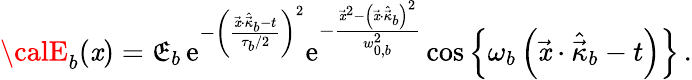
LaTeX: {\calE}_{b}(\mathit{x})={\mathfrak{E}}_{b}\, \mathrm{{e}}^{-\left(\frac{{\vec{{\mathit{x}}}\cdot\hat{{\vec{{\kappa}}}}_{b}-t}}{{\tau_{b}/2}}\right)^{2}}\mathrm{{e}}^{-\frac{{\vec{{\mathit{x}}}^{2}-\left(\vec{{\mathit{x}}}\cdot\hat{{\vec{{\kappa}}}}_{b}\right)^{2}}}{{w_{0,b}^{2}}}}\cos\left\{ \omega_{b}\left(\vec{{\mathit{x}}}\cdot\hat{{\vec{{\kappa}}}}_{b}-t\right)\right\} \, .